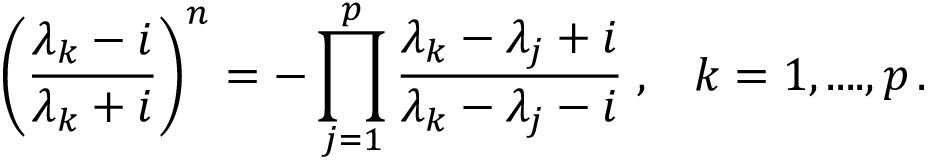
\left( \frac { \lambda _ { k } - i } { \lambda _ { k } + i } \right) ^ { n } = - \prod _ { j = 1 } ^ { p } \frac { \lambda _ { k } - \lambda _ { j } + i } { \lambda _ { k } - \lambda _ { j } - i } \; , \; \; \; k = 1 , . . . . , p \, .